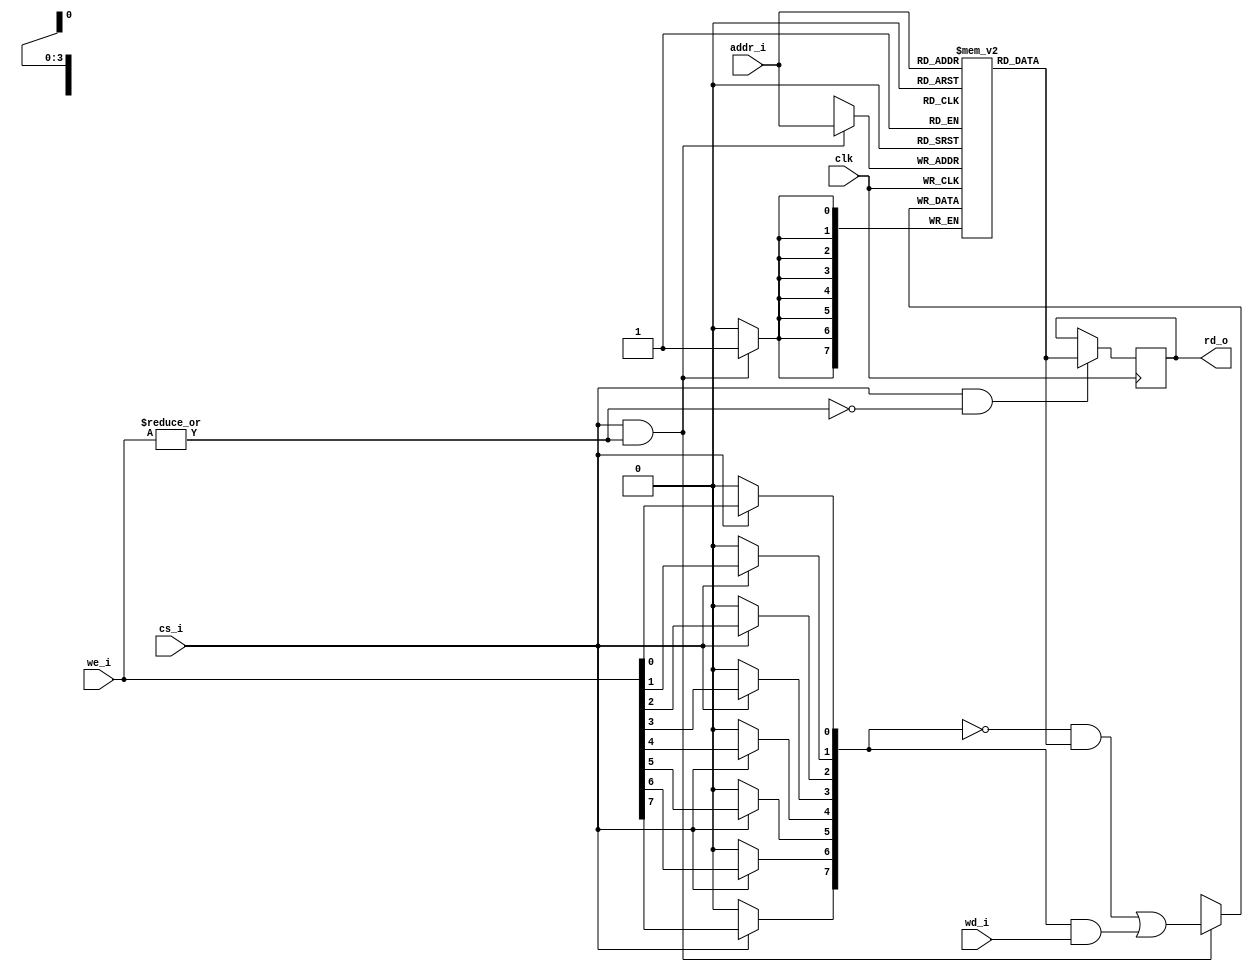
module rrv64_generic_ram
#(
  parameter ADDR_BITS   = 4,
  parameter DATA_BITS   = 8,
  parameter RAM_LATENCY = 2,
  // parameter WE_SIZE     = 1,

  parameter RESET       = 0,
  parameter RESET_HIGH  = 0
)
(
  input                          clk,
  input  [ADDR_BITS-1:0]         addr_i,
  output [DATA_BITS-1:0]         rd_o,
  input  [DATA_BITS-1:0]         wd_i,
  input                          cs_i,
  input  [DATA_BITS-1:0]         we_i
);
  reg [DATA_BITS-1:0]    rdata_reg;
  reg [DATA_BITS-1:0]    mem[(1'b1<<ADDR_BITS)-1:0];
  
  genvar                 i;
  generate
    if ((RESET != 0)  && (RESET_HIGH !=0))
      begin : g_reset_high
        for (i=0 ; i<(1'b1<<ADDR_BITS) ; i=i+1)
          begin : g_each_address
            initial 
              mem[i] = {DATA_BITS{1'b1}};
        end
      end
    else if (RESET !=0)
      begin : g_reset_low
        for (i=0; i<(1'b1<<ADDR_BITS) ; i=i+1)
          begin : g_each_address
            initial
              mem[i] = {DATA_BITS{1'b0}};
          end
      end
  endgenerate

  wire  read_cycle  = cs_i & (~|we_i);
  wire  write_cycle = cs_i & (|we_i);

  wire [DATA_BITS-1:0] real_we;

  genvar j;

  generate for (j = 0; j < DATA_BITS; j = j + 1) begin : g_we
    assign real_we[j] = cs_i ? we_i[j] : 1'b0;
  end endgenerate


  wire [DATA_BITS-1:0] nxt_data = (~real_we & mem[addr_i]) | (real_we & wd_i);






  always @ (posedge clk)
    if (write_cycle)
      mem[addr_i] <= nxt_data;






  wire [DATA_BITS-1:0] rdata_nxt = (read_cycle ? mem[addr_i] : {DATA_BITS{1'bX}});

  always @ (posedge clk)
    if (read_cycle)
      rdata_reg <= rdata_nxt;


  assign  rd_o = rdata_reg;

  endmodule